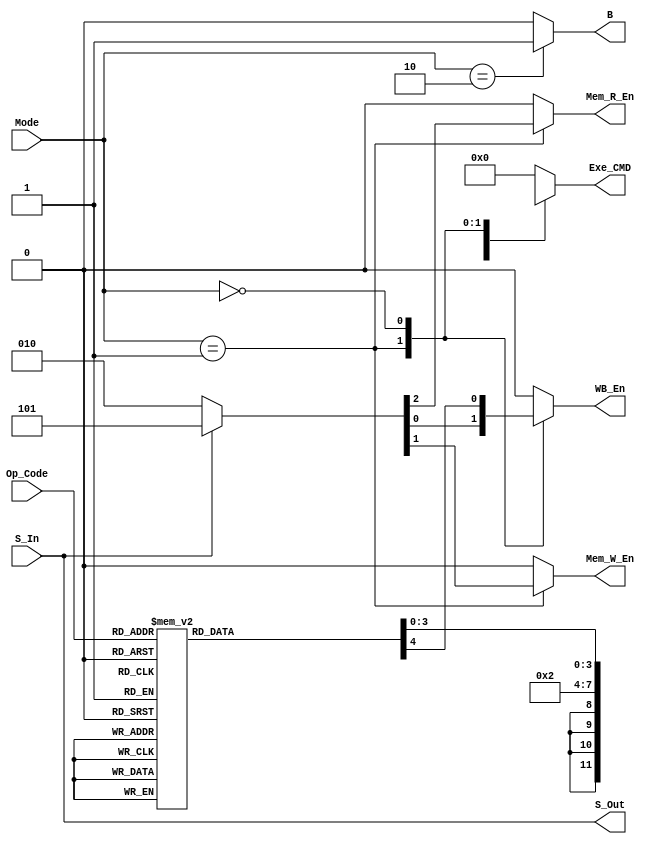
module Control_Unit 
(
    input S_In,
    input [1:0] Mode,
    input [3:0] Op_Code,
    
    output reg Mem_R_En, Mem_W_En, WB_En, B, S_Out,
    output reg [3:0] Exe_CMD
);

    always @(*) 
    begin
        {Mem_R_En, Mem_W_En, WB_En, B, Exe_CMD} = 8'b0000_0000;
        case (Mode)
            2'b10: 
            begin
                Exe_CMD = 4'bxxxx;  //b
                WB_En   = 1'b0;
                B       = 1'b1;
            end
            2'b01:
            begin
                Exe_CMD = 4'b0010; //ldr, str
                {Mem_R_En, Mem_W_En, WB_En} =  S_In ? 3'b101 : 3'b010;
            end     
            2'b00:
            begin
                case (Op_Code)
                    4'b1101:
                    begin
                        Exe_CMD = 4'b0001;//mov 
                        WB_En   = 1'b1;
                    end
                    4'b1111:
                    begin
                        Exe_CMD = 4'b1001;//mvn
                        WB_En   = 1'b1;
                    end 
                    4'b0100:
                    begin
                        Exe_CMD = 4'b0010;//add
                        WB_En   = 1'b1;
                    end 
                    4'b0101:
                    begin
                        Exe_CMD = 4'b0011;//adc
                        WB_En   = 1'b1;
                    end 
                    4'b0010:
                    begin
                        Exe_CMD = 4'b0100;//sub
                        WB_En   = 1'b1;
                    end
                    4'b0110:
                    begin
                        Exe_CMD = 4'b0101;//sbc
                        WB_En   = 1'b1;
                    end 
                    4'b0000:
                    begin
                        Exe_CMD = 4'b0110;//and
                        WB_En   = 1'b1;
                    end
                    4'b1100:
                    begin
                        Exe_CMD = 4'b0111;//orr
                        WB_En   = 1'b1;
                    end 
                    4'b0001:
                    begin
                        Exe_CMD = 4'b1000;//eor
                        WB_En   = 1'b1;
                    end
                    4'b1010: 
                    begin
                        Exe_CMD = 4'b0100;//cmp
                        WB_En   = 1'b0;
                    end
                    4'b1000:
                    begin
                        Exe_CMD = 4'b0110;//tst
                        WB_En   = 1'b0;
                    end
                    default:;
                endcase  
            end
            default:; 
        endcase
    end

    assign  S_Out = S_In;

endmodule